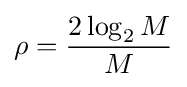
\rho ={\frac {2\log _{2}M}{M}}